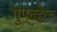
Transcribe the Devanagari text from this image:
गुप्तहेरच